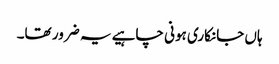
ہاں جانکاری ہونی چاہیے یہ ضرور تھا۔